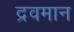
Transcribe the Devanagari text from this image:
द्रवमान